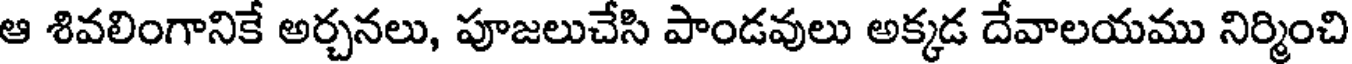
ఆ శివలింగానికే అర్చనలు, పూజలుచేసి పాండవులు అక్కడ దేవాలయము నిర్మించి